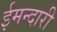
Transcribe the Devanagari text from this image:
ईमन्दारी